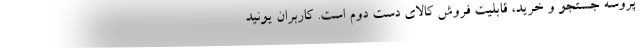
پروسه جستجو و خرید، قابلیت فروش کالای دست دوم است. کاربران یونید